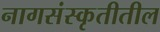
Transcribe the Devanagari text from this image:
नागसंस्कृतीतील